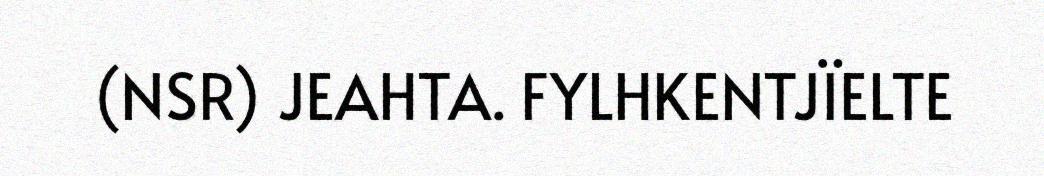
(NSR) JEAHTA. FYLHKENTJÏELTE